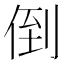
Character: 倒